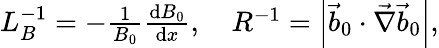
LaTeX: \begin{array}{r}{L_{B}^{-1}=-\frac{1}{B_{0}}\frac{\mathrm{d}B_{0}}{\mathrm{d}x},\quad R^{-1}=\left|\vec{b}_{0}\cdot\vec{\nabla}\vec{b}_{0}\right|,}\end{array}